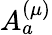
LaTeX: A_{a}^{(\mu)}